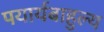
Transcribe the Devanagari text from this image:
पयार्यबाहुल्य